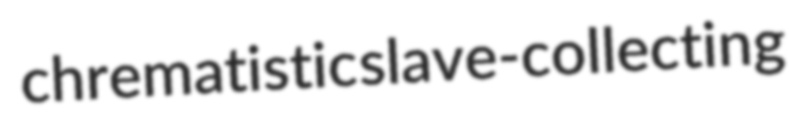
chrematistic slave-collecting